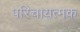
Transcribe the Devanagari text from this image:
परिचायत्मक